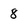
Character: 8